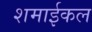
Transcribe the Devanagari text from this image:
शमाईकल